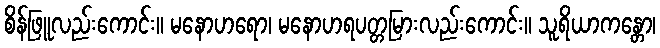
စိန်ဖြူလည်းကောင်း။ မနောဟရော၊ မနောဟရပတ္တမြားလည်းကောင်း။ သူရိယာကန္တော၊